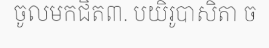
ចូលមកជិត៣. បយិរូបាសិតា ច